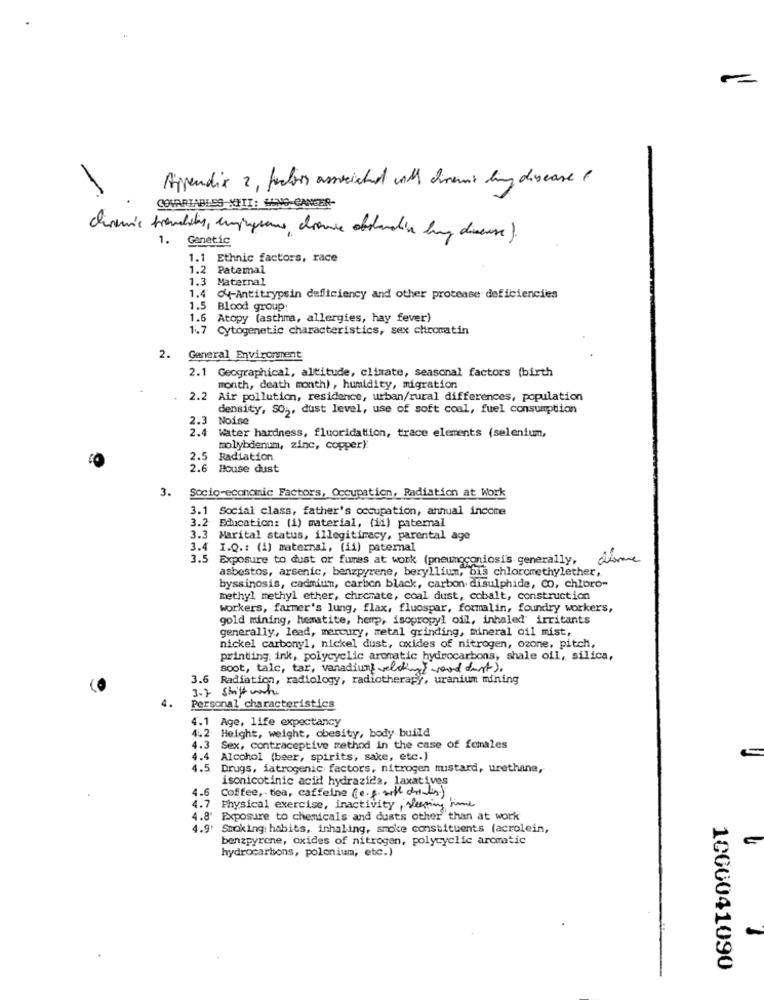
Appendix 2, factors associated will divemis lung disease (
COVARIABLES XIII: WING CANCER-
china's trendits, empresaus, chroni obounative buy diverse).
1. Ganetic
1.1 Ethnic factors, race
2 Patemal
1.3 Maternal
4 4-Antitrypsin deficiency and other protease deficiencies
1.5 Blood group
1.6 Atopy (asthma, allergies, hay fever)
1.7 Cytogenetic characteristics, sex chromatin
2.
General Environment
2.1 Geographical, altitude, climate, seasonal factors (birth
month, death month) , humidity, migration
2.2 Air pollution, residence, urban/rural differences, population
density, SO ,, dust level, use of soft coal, fuel consumption
2.3
Noise
2.4
Water hardness, fluoridation, trace elements (selenium,
molybdenum, zinc, copper):
2.5
Radiation
2.6
House dust
3.
Socio-economic Factors, Occupation, Radiation at Work
3.1
Social class, father's occupation, annual income
3.2 Education: (1) material, (ii) paternal
3.3 Marital status, illegitimacy, parental age
3.4 I.Q .: (1) maternal, (ii) paternal
3.5 Exposure to dust or fures at work (pneumoconiosis generally,
disme
asbestos, arsenic, benzpyrene, beryllium, bis chloromethylether,
byssinosis, cadmium, carbon black, carbon disulphide, Co, chloro-
methyl methyl ether, chromate, coal dust, cobalt, construction
workers, farmer's lung, flax, fluospar, formalin, foundry workers,
gold mining, hematite, hemp, isopropyl oil, inhaled' irritants
generally, lead, mercury, metal grinding, mineral oil mist,
nickel carbonyl, nickel dust, oxides of nitrogen, ozone, pitch,
printing ink, polycyclic aromatic hydrocarbons, shale oil, silica,
soot, tale, tar, vanadium welding rood dort) .
3.6 Radiation, radiology, radiotherapy, uranium mining
4.
Personal characteristics
4.1
Age, life expectancy
4.2
Height, weight, obesity, body builld
4.3
Sex, contraceptive method in the case of females
4.4
Alcohol (beer, spirits; sake, etc.)
4.5
Drugs, iatrogenic factors, nitrogen mustard, urethane,
isonicotinic acid hydrazida, laxatives
4.6
Coffee, tea, caffeine (e. g. with dillin)
4.7
Physical exercise, inactivity sleeping hime
4.8' Exposure to chemicals and dusts other than at work
4.9:
Smoking: habits, inhaling, smoke constituents (acrolein,
benzpyrene, oxides of nitrogen, polycyclic aromatic
hydrocarbons, polonium, etc.)
1000041090